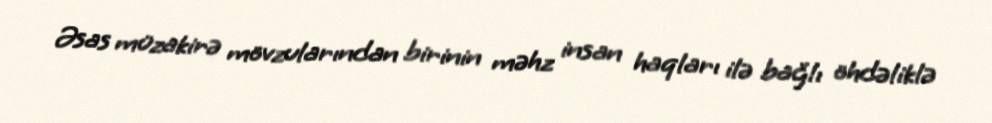
Əsas müzakirə mövzularından birinin məhz insan haqları ilə bağlı öhdəliklə